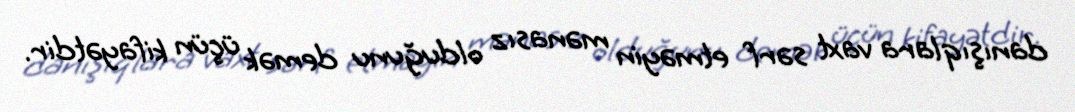
danışıqlara vaxt sərf etməyin mənasız olduğunu demək üçün kifayətdir.